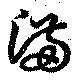
滿